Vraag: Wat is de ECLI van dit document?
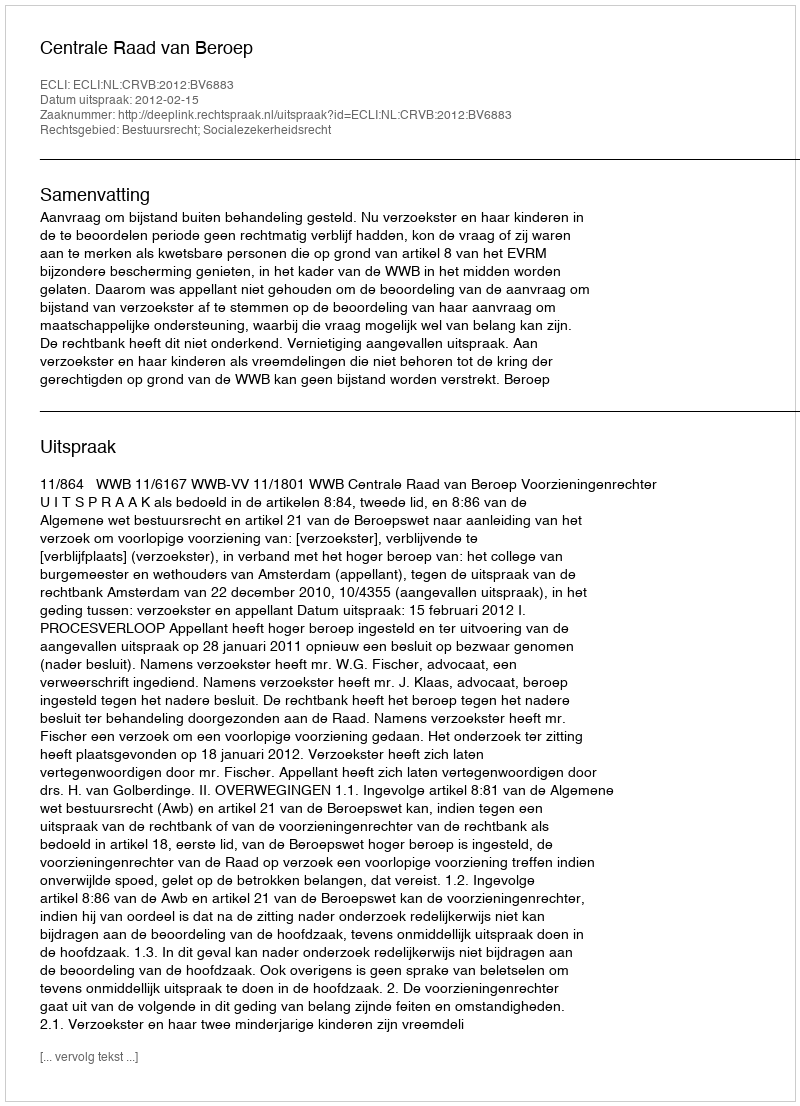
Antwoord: ECLI:NL:CRVB:2012:BV6883